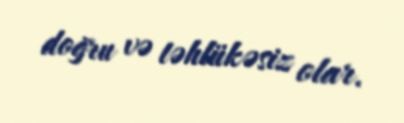
doğru və təhlükəsiz olar.